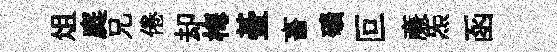
俎庭兄倦却梅䑓畜礦叵亷炁函